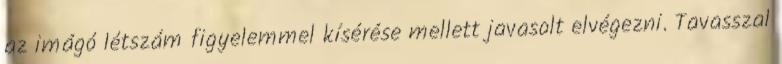
az imágó létszám figyelemmel kísérése mellett javasolt elvégezni. Tavasszal